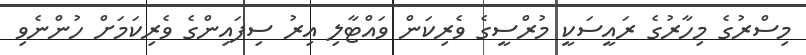
މިސްރުގެ މިހާރުގެ ރައީސަކީ މުރްސީގެ ވެރިކަން ވައްޓާލި އިރު ސިފައިންގެ ވެރިކަމަށް ހުންނެވި